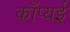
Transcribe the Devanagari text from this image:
काँप्यई